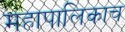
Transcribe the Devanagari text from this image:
महापालिकाच